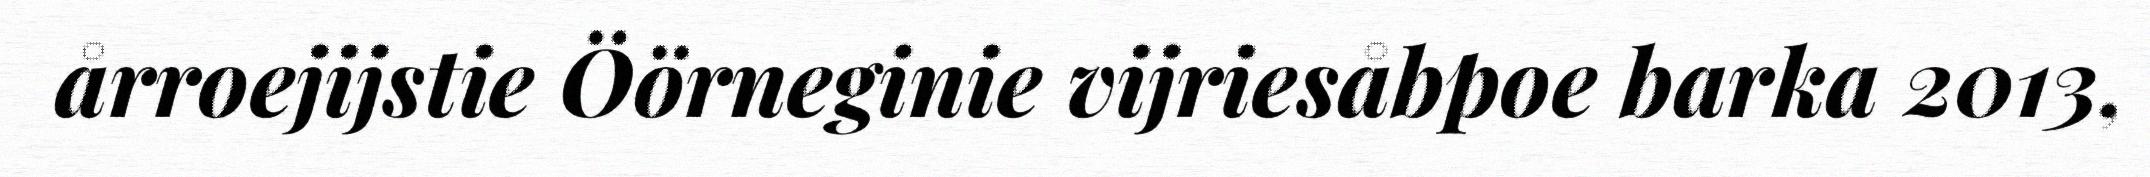
årroejijstie Öörneginie vijriesåbpoe barka 2013,